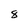
Character: 8